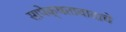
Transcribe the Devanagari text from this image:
सापेक्षतावादाचे